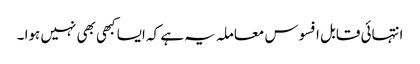
انتہائی قابل افسوس معاملہ یہ ہے کہ ایسا کبھی بھی نہیں ہوا ۔